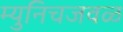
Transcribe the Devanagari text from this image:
म्युनिचजवळ